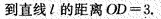
到直线l的距离OD=3.